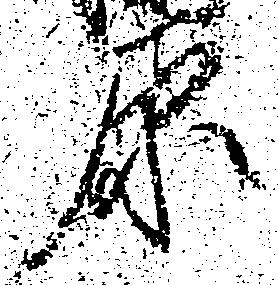
原